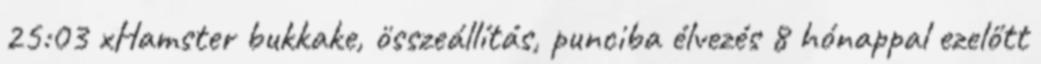
25:03 xHamster bukkake, összeállítás, punciba élvezés 8 hónappal ezelőtt